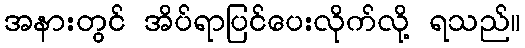
အနားတွင် အိပ်ရာပြင်ပေးလိုက်လို့ ရသည်။